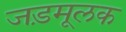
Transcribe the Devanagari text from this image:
जड़मूलक